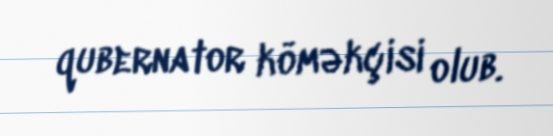
qubernator köməkçisi olub.